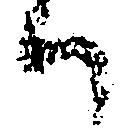
候